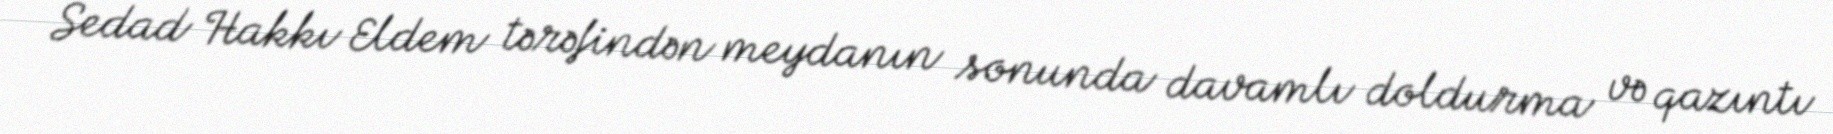
Sedad Hakkı Eldem tərəfindən meydanın sonunda davamlı doldurma və qazıntı